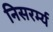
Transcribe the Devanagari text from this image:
निसरर्म्य